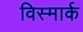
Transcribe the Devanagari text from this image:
विस्मार्क